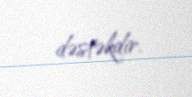
dəstəkdir.